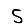
Digit: 5